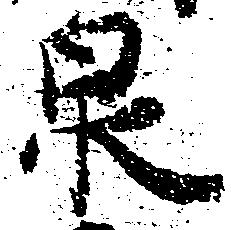
泉